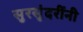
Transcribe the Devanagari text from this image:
सुरसुंदरींनी